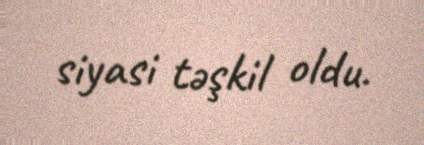
siyasi təşkil oldu.